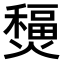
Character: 𤐧